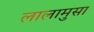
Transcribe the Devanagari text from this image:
लालामुसा